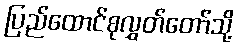
ပြည်ထောင်စုလွှတ်တော်သို့